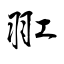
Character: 羾